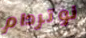
نوتردام